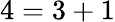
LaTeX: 4=3+1